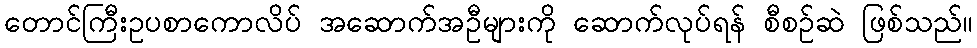
တောင်ကြီးဥပစာကောလိပ် အဆောက်အဦများကို ဆောက်လုပ်ရန် စီစဉ်ဆဲ ဖြစ်သည်။